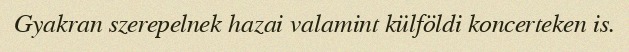
Gyakran szerepelnek hazai valamint külföldi koncerteken is.